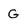
Character: g